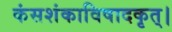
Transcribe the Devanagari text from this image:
कंसशंकाविषादकृत्‌।